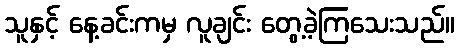
သူနှင့် နေ့ခင်းကမှ လူချင်း တွေ့ခဲ့ကြသေးသည်။